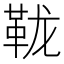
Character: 𫖅